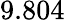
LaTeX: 9.804